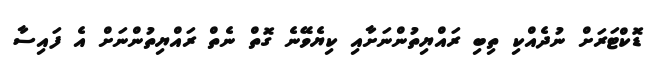
ޑޮކްޓަރަށް ނުދެއްކި ތިބި ރައްޔިތުންނަށާއި ކިޔެވޭނެ ގޮތް ނެތް ރައްޔިތުންނަށް އެ ފައިސާ